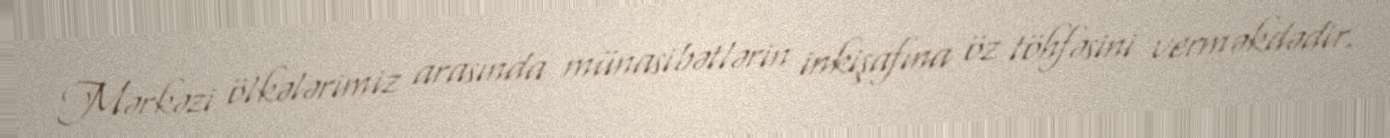
Mərkəzi ölkələrimiz arasında münasibətlərin inkişafına öz töhfəsini verməkdədir.